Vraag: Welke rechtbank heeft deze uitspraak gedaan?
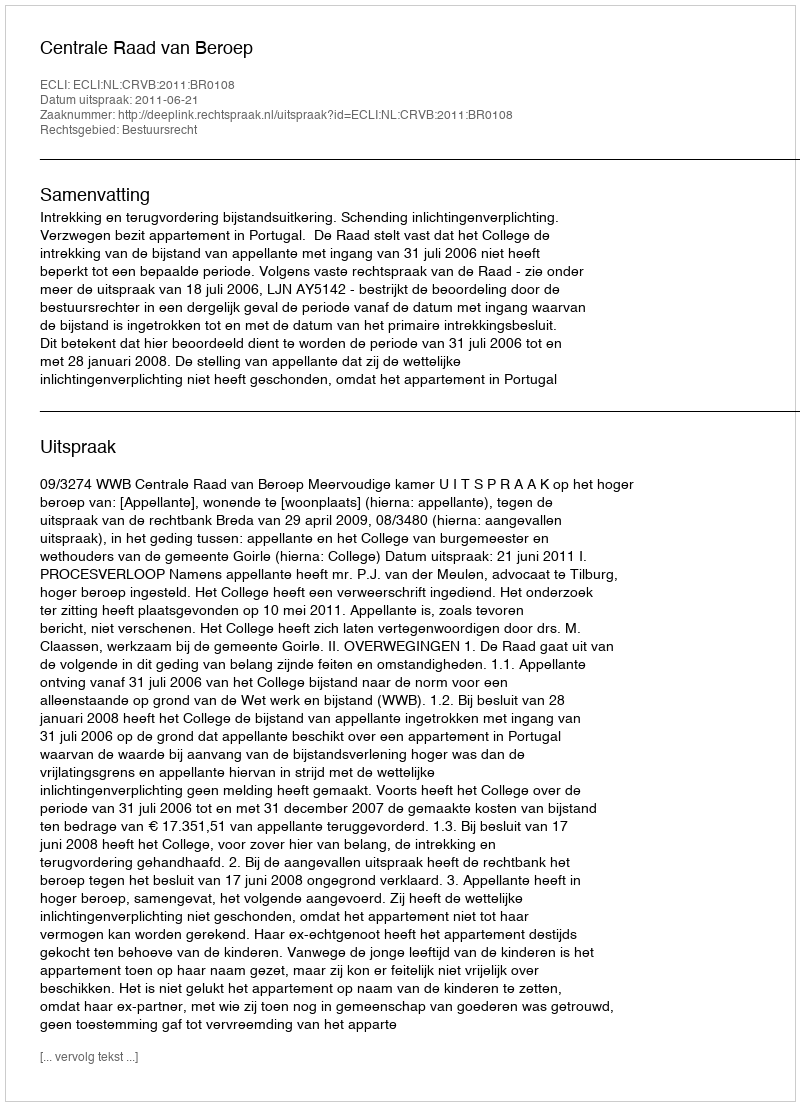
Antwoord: Centrale Raad van Beroep